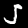
Label: 5